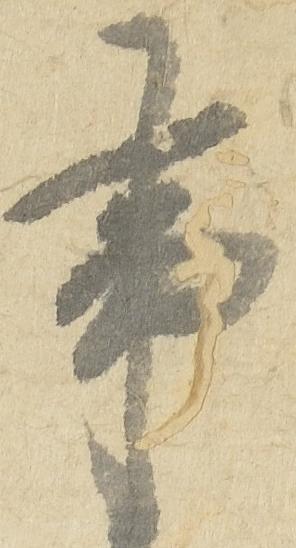
事